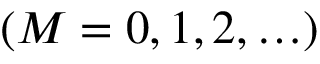
( M = 0 , 1 , 2 , \ldots )